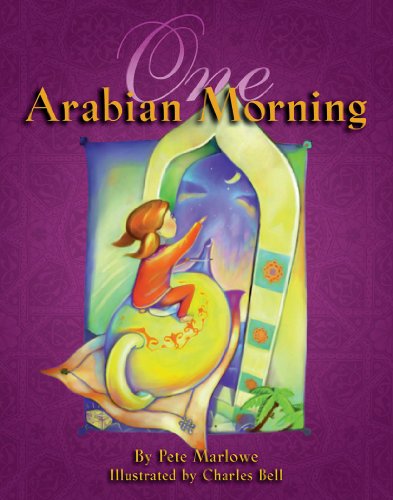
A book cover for One Arabian Morning; Pete Marlowe; Children's Books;